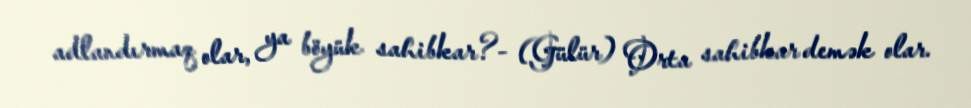
adlandırmaq olar, ya böyük sahibkar?- (Gülür) Orta sahibkar demək olar.